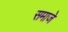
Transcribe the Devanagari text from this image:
समाजे